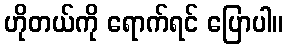
ဟိုတယ်ကို ရောက်ရင် ပြောပါ။